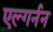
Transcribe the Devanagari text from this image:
एल्गर्नन